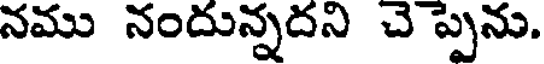
నము నందున్నదని చె ప్పెను.